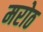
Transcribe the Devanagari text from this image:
मरोठ